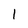
Character: 1